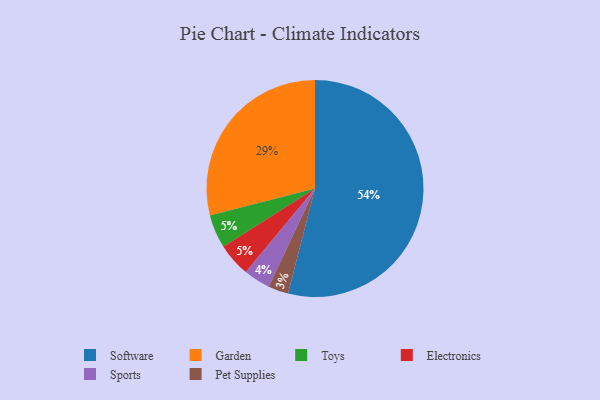
{"axis": {"x": "Category", "y": "Percentage"}, "legend": ["Electronics", "Garden", "Pet Supplies", "Software", "Sports", "Toys"], "data": [{"x": "Software", "y": 54, "type": "Software"}, {"x": "Toys", "y": 5, "type": "Toys"}, {"x": "Sports", "y": 4, "type": "Sports"}, {"x": "Pet Supplies", "y": 3, "type": "Pet Supplies"}, {"x": "Garden", "y": 29, "type": "Garden"}, {"x": "Electronics", "y": 5, "type": "Electronics"}]}